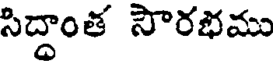
సిద్దాంత సౌరభము